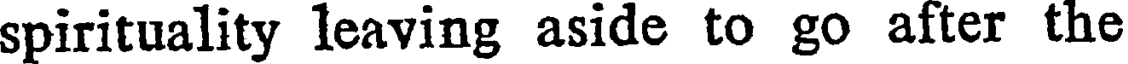
spirituality leaving aside to go after the